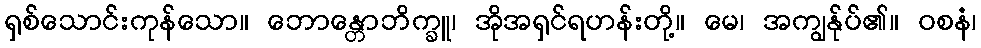
ရှစ်သောင်းကုန်သော။ ဘောန္တောဘိက္ခူ၊ အိုအရှင်ရဟန်းတို့။ မေ၊ အကျွန်ုပ်၏။ ဝစနံ၊